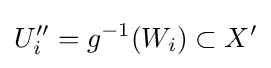
U_{i}''=g^{-1}(W_{i})\subset X'